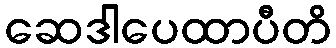
ဆေဒါပေထာပီတိ